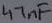
Text: 47nF